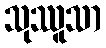
သုဿူသာ